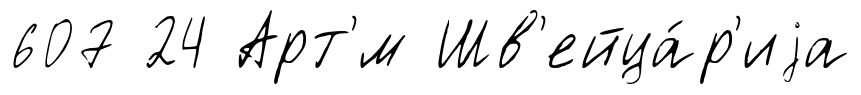
607 24 Арт'́м Шв'ейца́р'иjа